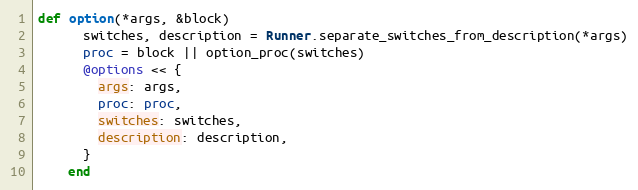
Language: Ruby
def option(*args, &block)
      switches, description = Runner.separate_switches_from_description(*args)
      proc = block || option_proc(switches)
      @options << {
        args: args,
        proc: proc,
        switches: switches,
        description: description,
      }
    end